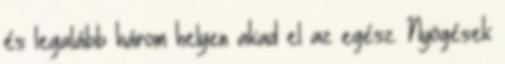
és legalább három helyen akad el az egész. Nyögések